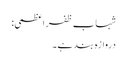
شہاب ظفر اعظمی:
دروازہ بند ہے۔